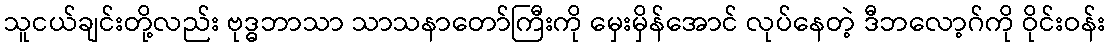
သူငယ်ချင်းတို့လည်း ဗုဒ္ဓဘာသာ သာသနာတော်ကြီးကို မှေးမှိန်အောင် လုပ်နေတဲ့ ဒီဘလော့ဂ်ကို ဝိုင်းဝန်း